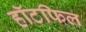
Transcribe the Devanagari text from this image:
हॉटफिल